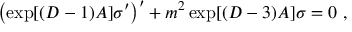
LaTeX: \left( \exp [ ( D - 1 ) A ] \sigma ^ { \prime } \right) ^ { \prime } + m ^ { 2 } \exp [ ( D - 3 ) A ] \sigma = 0 ~ ,